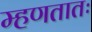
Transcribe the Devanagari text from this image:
म्हणतातः